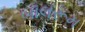
બૉલરૂમ